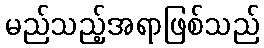
မည်သည့်အရာဖြစ်သည်